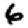
Digit: 6